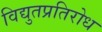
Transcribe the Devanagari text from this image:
विद्युतप्रतिरोध